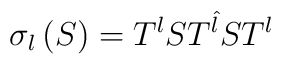
\sigma _{l}\left( S\right) =T^{l}ST^{\hat{l}}ST^{l}